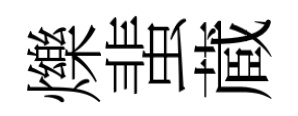
爍蜚蔵